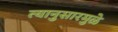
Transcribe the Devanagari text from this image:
त्यानुसारमुळे